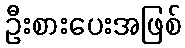
ဦးစားပေးအဖြစ်